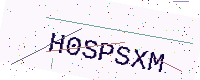
Text: H0SPSXM